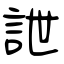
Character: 詍